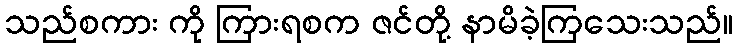
သည်စကား ကို ကြားရစက ဇင်တို့ နာမိခဲ့ကြသေးသည်။